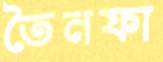
তৈনফা